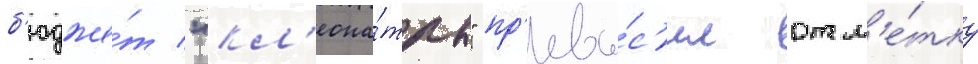
б'юдже́т "кл'еопа́тры" пр'евы́с'ил отм'е́тку